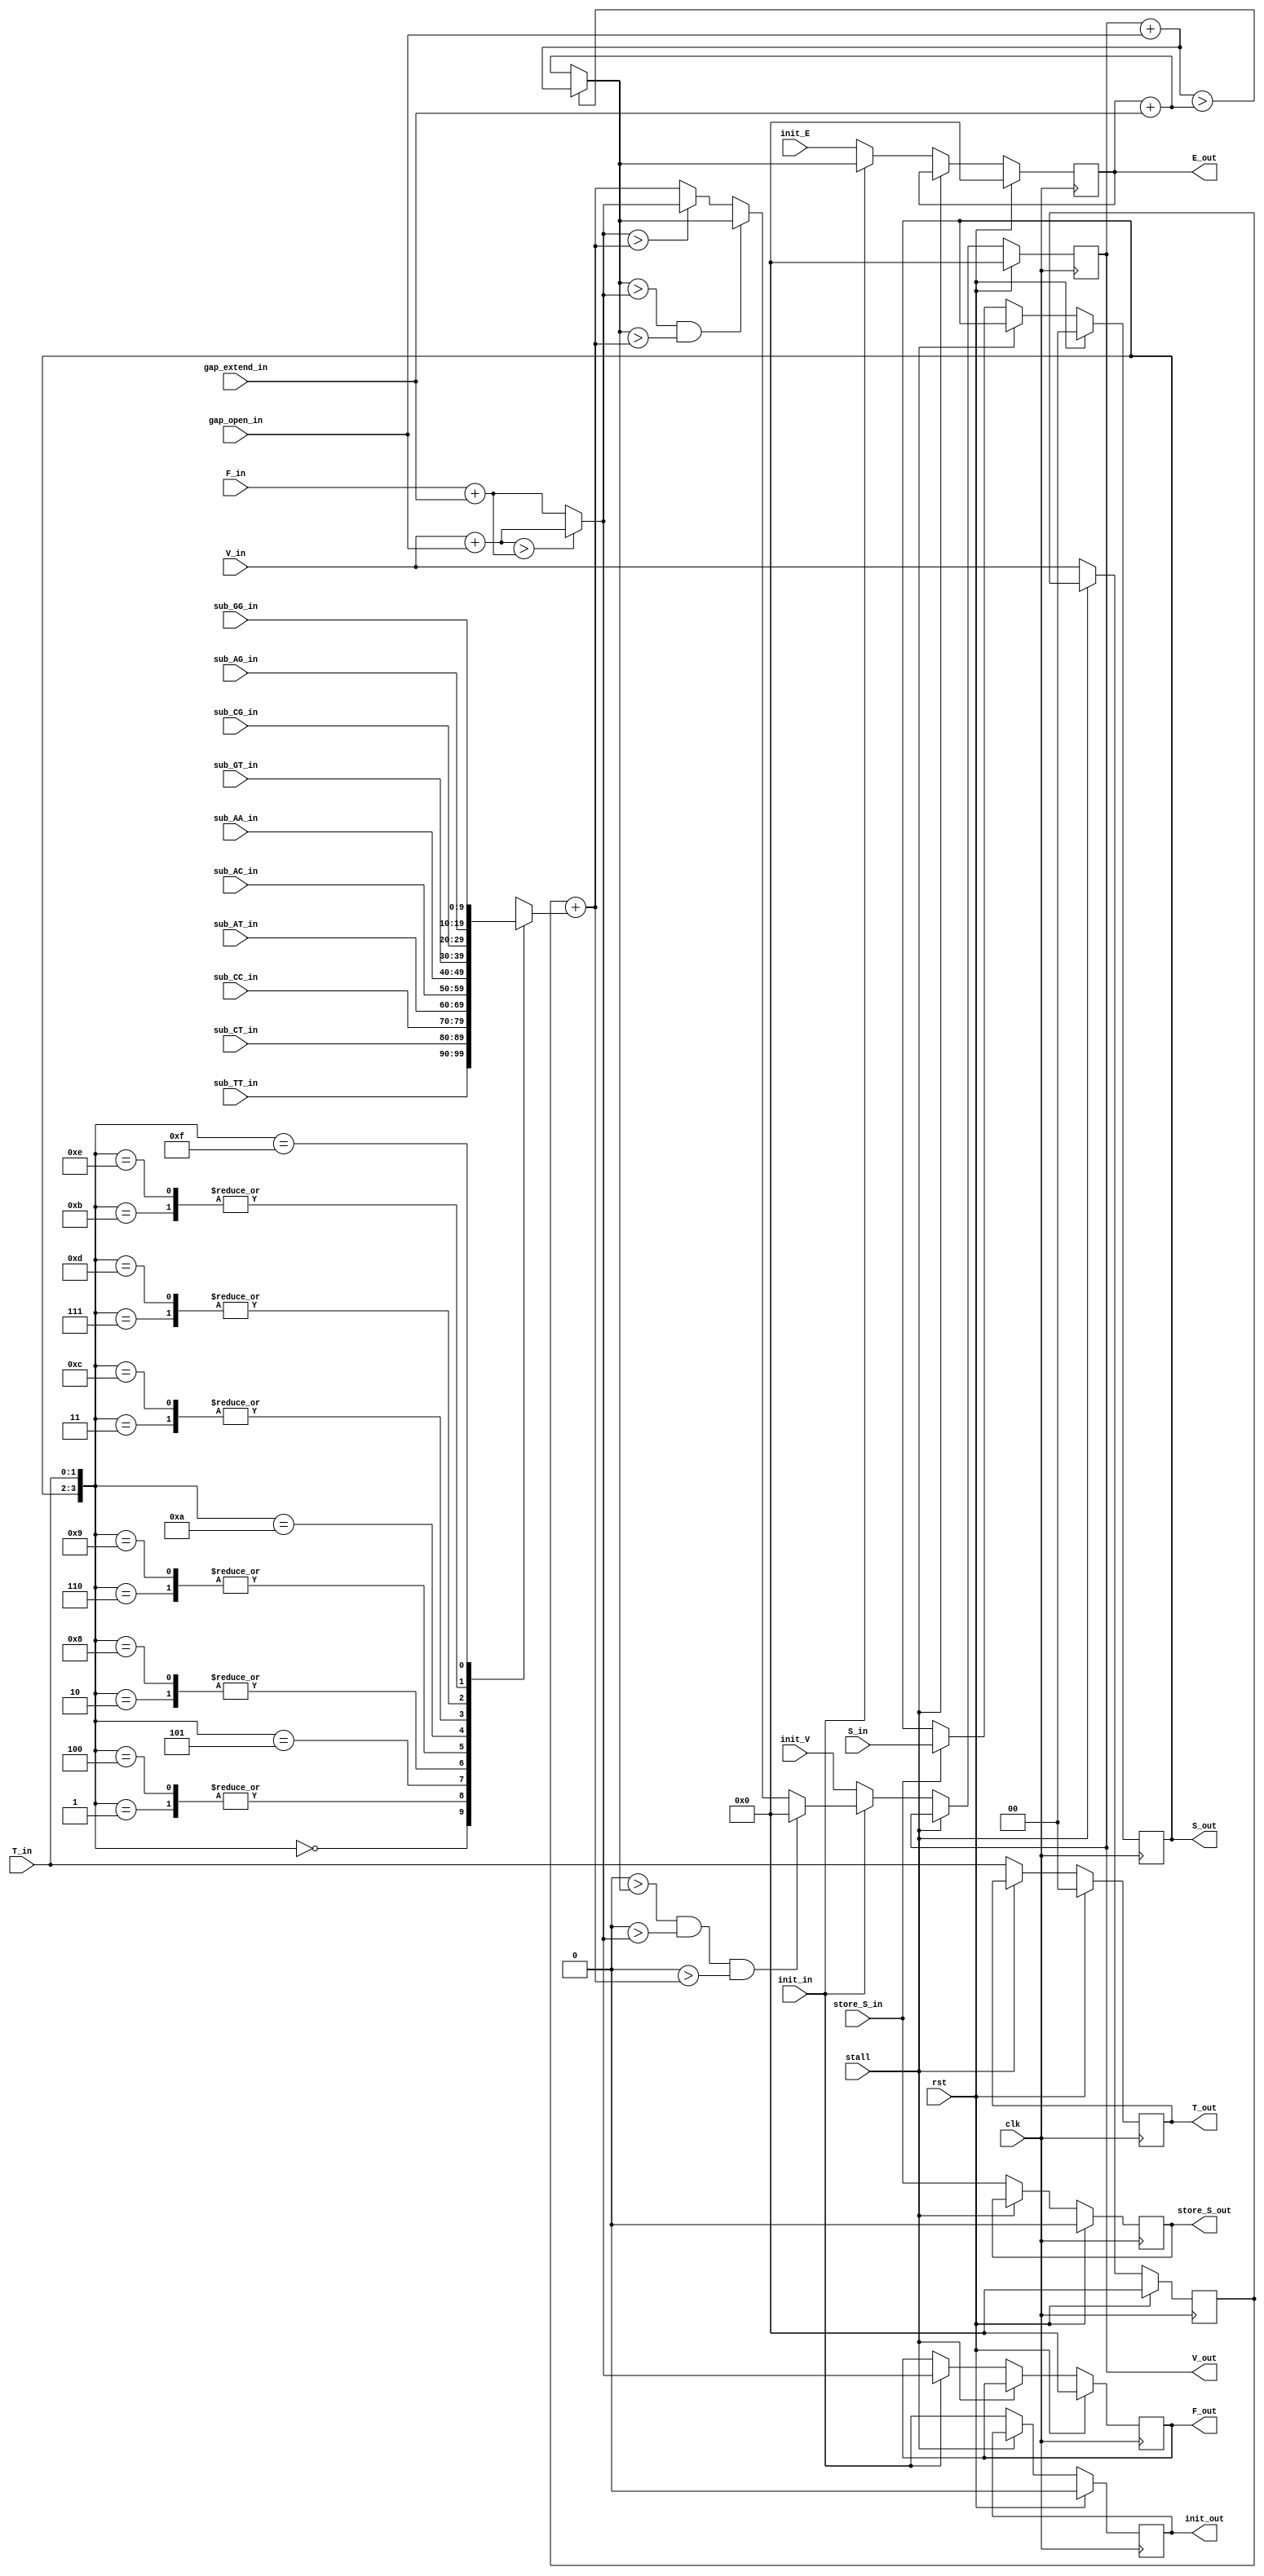
module SmithWatermanPE(
    input  clk,                     // System clock
    input  rst,                     // System reset
    input  stall,                   // Pipeline stall signal
    
    // Scoring parameters
    input [WIDTH-1:0] sub_AA_in,
    input [WIDTH-1:0] sub_AC_in,
    input [WIDTH-1:0] sub_AG_in,
    input [WIDTH-1:0] sub_AT_in,
    input [WIDTH-1:0] sub_CC_in,
    input [WIDTH-1:0] sub_CG_in,
    input [WIDTH-1:0] sub_CT_in,
    input [WIDTH-1:0] sub_GG_in,
    input [WIDTH-1:0] sub_GT_in,
    input [WIDTH-1:0] sub_TT_in,
    input [WIDTH-1:0] gap_open_in,
    input [WIDTH-1:0] gap_extend_in,
    
    input  [WIDTH-1:0] V_in,        // Score from previous PE
    input  [WIDTH-1:0] F_in,        // Gap penalty of previous PE
    input  [1:0] T_in,              // Reference seq shift in
    input  [1:0] S_in,              // Query seq input
    input  store_S_in,              // Store query seq
    input  init_in,                 // Computation active shift in
    input  [WIDTH-1:0] init_V,      // V initialization value
    input  [WIDTH-1:0] init_E,      // E initialization value
    output [WIDTH-1:0] V_out,       // Score of this PE
    output [WIDTH-1:0] E_out,       // Left gap penalty of this cell
    output [WIDTH-1:0] F_out,       // Up Gap penalty of this cell
    output [1:0] T_out,             // Reference seq shift out
    output [1:0] S_out,             // Query seq shift out
    output store_S_out,             // Store query seq shift out
    output init_out                 // Computation active shift out
    );
    
    parameter WIDTH = 10;
    /*parameter MATCH_REWARD = 2;
    parameter MISMATCH_PEN = -2;
    parameter GAP_OPEN_PEN = -2;
    parameter GAP_EXTEND_PEN = -1;*/

    reg [1:0] T;
    reg [1:0] S;
    reg signed [WIDTH-1:0] V_diag;
    reg signed [WIDTH-1:0] V;
    reg signed [WIDTH-1:0] E;
    reg signed [WIDTH-1:0] F;
    reg store_S;
    reg init;
    
    reg [WIDTH-1:0] V_gap_open;
    reg [WIDTH-1:0] E_gap_extend;
    reg [WIDTH-1:0] upV_gap_open;
    reg [WIDTH-1:0] upF_gap_extend;
    reg [WIDTH-1:0] match_score;
    reg [WIDTH-1:0] new_E;
    reg [WIDTH-1:0] new_F;
    reg [WIDTH-1:0] new_V;
    
    reg [WIDTH-1:0] match_reward;
    
    assign V_out = V;
    assign E_out = E;
    assign F_out = F;
    assign S_out = S;
    assign T_out = T;
    assign init_out = init;
    assign store_S_out = store_S;
    
    always @(*) begin
        case ({S, T_in})
            4'b0000 : match_reward = sub_TT_in;
            4'b0001 : match_reward = sub_CT_in;
            4'b0010 : match_reward = sub_AT_in;
            4'b0011 : match_reward = sub_GT_in;
            4'b0100 : match_reward = sub_CT_in;
            4'b0101 : match_reward = sub_CC_in;
            4'b0110 : match_reward = sub_AC_in;
            4'b0111 : match_reward = sub_CG_in;
            4'b1000 : match_reward = sub_AT_in;
            4'b1001 : match_reward = sub_AC_in;
            4'b1010 : match_reward = sub_AA_in;
            4'b1011 : match_reward = sub_AG_in;
            4'b1100 : match_reward = sub_GT_in;
            4'b1101 : match_reward = sub_CG_in;
            4'b1110 : match_reward = sub_AG_in;
            4'b1111 : match_reward = sub_GG_in;
            default : match_reward = 0;
        endcase
    end
    
    always @(*) begin
        V_gap_open = V + gap_open_in;
        E_gap_extend = E + gap_extend_in;
        upV_gap_open = V_in + gap_open_in;
        upF_gap_extend = F_in + gap_extend_in;
        
        match_score = V_diag + match_reward;          
            
        if ($signed(V_gap_open) > $signed(E_gap_extend))
            new_E = V_gap_open;
        else
            new_E = E_gap_extend;
        
        if ($signed(upV_gap_open) > $signed(upF_gap_extend))
            new_F = upV_gap_open;
        else
            new_F = upF_gap_extend;
            
        if (0 > $signed(new_E) && 0 > $signed(new_F) && 0 > $signed(match_score))
            new_V = 0;
        else if ($signed(new_E) > $signed(new_F) && $signed(new_E) > $signed(match_score))
            new_V = new_E;
        else if ($signed(new_F) > $signed(match_score))
            new_V = new_F;
        else
            new_V = match_score;
    end
    
    always @(posedge clk) begin
        if (rst) begin
            T <= 0;
            S <= 0;
            V_diag <= 0;
            V <= 0;
            E <= 0;
            F <= 0;
            store_S <= 0;
            init <= 0;
        end else if (!stall) begin
            store_S <= store_S_in;
            init <= init_in;
            T <= T_in;
            V_diag <= V_in;
            if (store_S_in)
                S <= S_in;
            if (init_in) begin
                E <= new_E;
                F <= new_F;
                V <= new_V;
            end else begin
                V_diag <= V_in;
                E <= init_E;
                V <= init_V;
            end
        end
    end
endmodule